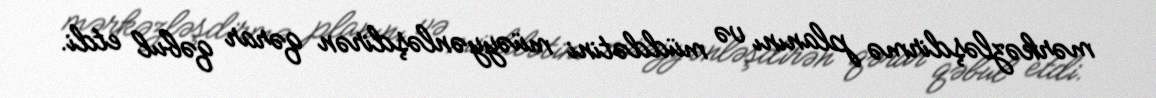
mərkəzləşdirmə planını və müddətini müəyyənləşdirən qərar qəbul etdi.